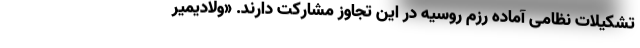
تشکیلات نظامی آماده رزم روسیه در این تجاوز مشارکت دارند. «ولادیمیر